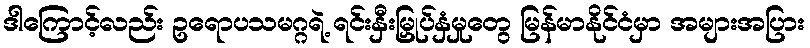
ဒါကြောင့်လည်း ဥရောပသမဂ္ဂရဲ့ ရင်းနှီးမြှုပ်နှံမှုတွေ မြန်မာနိုင်ငံမှာ အများအပြား